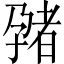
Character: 𫲬